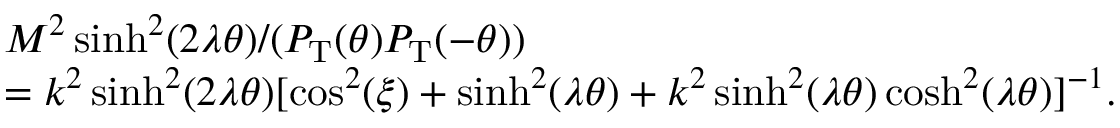
\begin{array} { l l } { { } } & { { M ^ { 2 } \sinh ^ { 2 } ( 2 \lambda \theta ) / ( P _ { \mathrm { T } } ( \theta ) P _ { \mathrm { T } } ( - \theta ) ) } } \\ { { } } & { { = k ^ { 2 } \sinh ^ { 2 } ( 2 \lambda \theta ) [ \cos ^ { 2 } ( \xi ) + \sinh ^ { 2 } ( \lambda \theta ) + k ^ { 2 } \sinh ^ { 2 } ( \lambda \theta ) \cosh ^ { 2 } ( \lambda \theta ) ] ^ { - 1 } . } } \end{array}